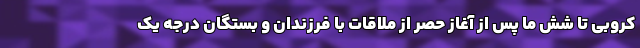
کروبی تا شش ما پس از آغاز حصر از ملاقات با فرزندان و بستگان درجه یک